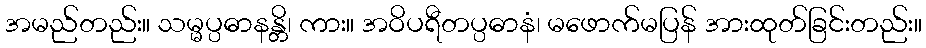
အမည်တည်း။ သမ္မပ္ပဓာနန္တိ၊ ကား။ အဝိပရီတပ္ပဓာနံ၊ မဖောက်မပြန် အားထုတ်ခြင်းတည်း။